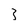
Character: 3